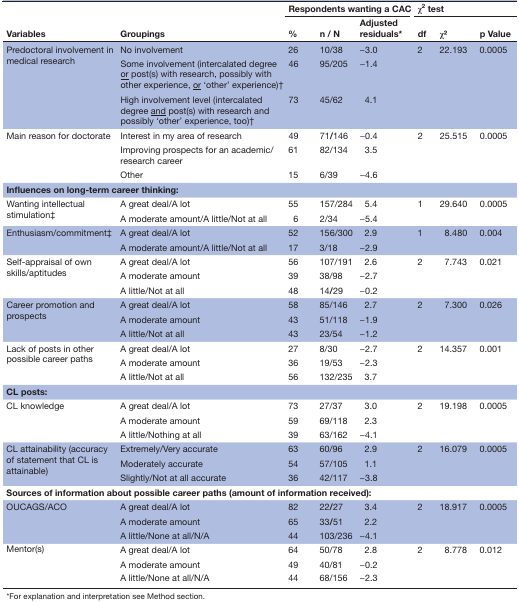
<table><thead><tr><td rowspan="2"><b>Variables</b></td><td rowspan="2"><b>Groupings</b></td><td colspan="3"><b>Respondents wanting a CAC</b></td><td colspan="3"><b>χ<sup>2</sup> test</b></td></tr><tr><td><b>%</b></td><td><b>n / N</b></td><td><b>Adjusted residuals*</b></td><td><b>df</b></td><td><b>χ2</b></td><td><b>p Value</b></td></tr></thead><tbody><tr><td rowspan="3">Predoctoral involvement in medical research</td><td>No involvement</td><td>26</td><td>10/38</td><td>−3.0</td><td>2</td><td>22.193</td><td>0.0005</td></tr><tr><td>Some involvement (intercalated degree <underline>or</underline> post(s) with research, possibly with other experience, <underline>or</underline> ‘other’ experience)†</td><td>46</td><td>95/205</td><td>−1.4</td><td></td><td></td><td></td></tr><tr><td>High involvement level (intercalated degree <underline>and</underline> post(s) with research and possibly ‘other’ experience, too)†</td><td>73</td><td>45/62</td><td>4.1</td><td></td><td></td><td></td></tr><tr><td rowspan="3">Main reason for doctorate</td><td>Interest in my area of research</td><td>49</td><td>71<b>/</b>146</td><td>−0.4</td><td>2</td><td>25.515</td><td>0.0005</td></tr><tr><td>Improving prospects for an academic/research career</td><td>61</td><td>82/134</td><td>3.5</td><td></td><td></td><td></td></tr><tr><td>Other</td><td>15</td><td>6/39</td><td>−4.6</td><td></td><td></td><td></td></tr><tr><td colspan="2"><b>Influences on long-term career thinking:</b></td><td></td><td></td><td></td><td></td><td></td><td></td></tr><tr><td rowspan="2">Wanting intellectual stimulation‡</td><td>A great deal/A lot</td><td>55</td><td>157/284</td><td>5.4</td><td>1</td><td>29.640</td><td>0.0005</td></tr><tr><td>A moderate amount/A little/Not at all</td><td>6</td><td>2/34</td><td>−5.4</td><td></td><td></td><td></td></tr><tr><td rowspan="2">Enthusiasm/commitment‡</td><td>A great deal/A lot</td><td>52</td><td>156/300</td><td>2.9</td><td>1</td><td>8.480</td><td>0.004</td></tr><tr><td>A moderate amount/A little/Not at all</td><td>17</td><td>3/18</td><td>−2.9</td><td></td><td></td><td></td></tr><tr><td rowspan="3">Self-appraisal of own skills/aptitudes</td><td>A great deal/A lot</td><td>56</td><td>107/191</td><td>2.6</td><td>2</td><td>7.743</td><td>0.021</td></tr><tr><td>A moderate amount</td><td>39</td><td>38/98</td><td>−2.7</td><td></td><td></td><td></td></tr><tr><td>A little/Not at all</td><td>48</td><td>14<b>/</b>29</td><td>−0.2</td><td></td><td></td><td></td></tr><tr><td rowspan="3">Career promotion and prospects</td><td>A great deal/A lot</td><td>58</td><td>85/146</td><td>2.7</td><td>2</td><td>7.300</td><td>0.026</td></tr><tr><td>A moderate amount</td><td>43</td><td>51/118</td><td>−1.9</td><td></td><td></td><td></td></tr><tr><td>A little/Not at all</td><td>43</td><td>23/54</td><td>−1.2</td><td></td><td></td><td></td></tr><tr><td rowspan="3">Lack of posts in other possible career paths</td><td>A great deal/A lot</td><td>27</td><td>8/30</td><td>−2.7</td><td>2</td><td>14.357</td><td>0.001</td></tr><tr><td>A moderate amount</td><td>36</td><td>19/53</td><td>−2.3</td><td></td><td></td><td></td></tr><tr><td>A little/Not at all</td><td>56</td><td>132/235</td><td>3.7</td><td></td><td></td><td></td></tr><tr><td colspan="5"><b>CL posts:</b></td><td colspan="3"></td></tr><tr><td rowspan="3">CL knowledge</td><td>A great deal/A lot</td><td>73</td><td>27/37</td><td>3.0</td><td>2</td><td>19.198</td><td>0.0005</td></tr><tr><td>A moderate amount</td><td>59</td><td>69/118</td><td>2.3</td><td></td><td></td><td></td></tr><tr><td>A little/Nothing at all</td><td>39</td><td>63/162</td><td>−4.1</td><td></td><td></td><td></td></tr><tr><td rowspan="3">CL attainability (accuracy of statement that CL is attainable)</td><td>Extremely/Very accurate</td><td>63</td><td>60/96</td><td>2.9</td><td>2</td><td>16.079</td><td>0.0005</td></tr><tr><td>Moderately accurate</td><td>54</td><td>57/105</td><td>1.1</td><td></td><td></td><td></td></tr><tr><td>Slightly/Not at all accurate</td><td>36</td><td>42/117</td><td>−3.8</td><td></td><td></td><td></td></tr><tr><td colspan="5"><b>Sources of information about possible career paths (amount of information received):</b></td><td colspan="3"></td></tr><tr><td rowspan="3">OUCAGS/ACO</td><td>A great deal/A lot</td><td>82</td><td>22<b>/</b>27</td><td>3.4</td><td>2</td><td>18.917</td><td>0.0005</td></tr><tr><td>A moderate amount</td><td>65</td><td>33<b>/</b>51</td><td>2.2</td><td></td><td></td><td></td></tr><tr><td>A little/None at all/N/A</td><td>44</td><td>103/236</td><td>−4.1</td><td></td><td></td><td></td></tr><tr><td rowspan="3">Mentor(s)</td><td>A great deal/A lot</td><td>64</td><td>50/78</td><td>2.8</td><td>2</td><td>8.778</td><td>0.012</td></tr><tr><td>A moderate amount</td><td>49</td><td>40/81</td><td>−0.2</td><td></td><td></td><td></td></tr><tr><td>A little/None at all/N/A</td><td>44</td><td>68/156</td><td>−2.3</td><td></td><td></td><td></td></tr></tbody></table>